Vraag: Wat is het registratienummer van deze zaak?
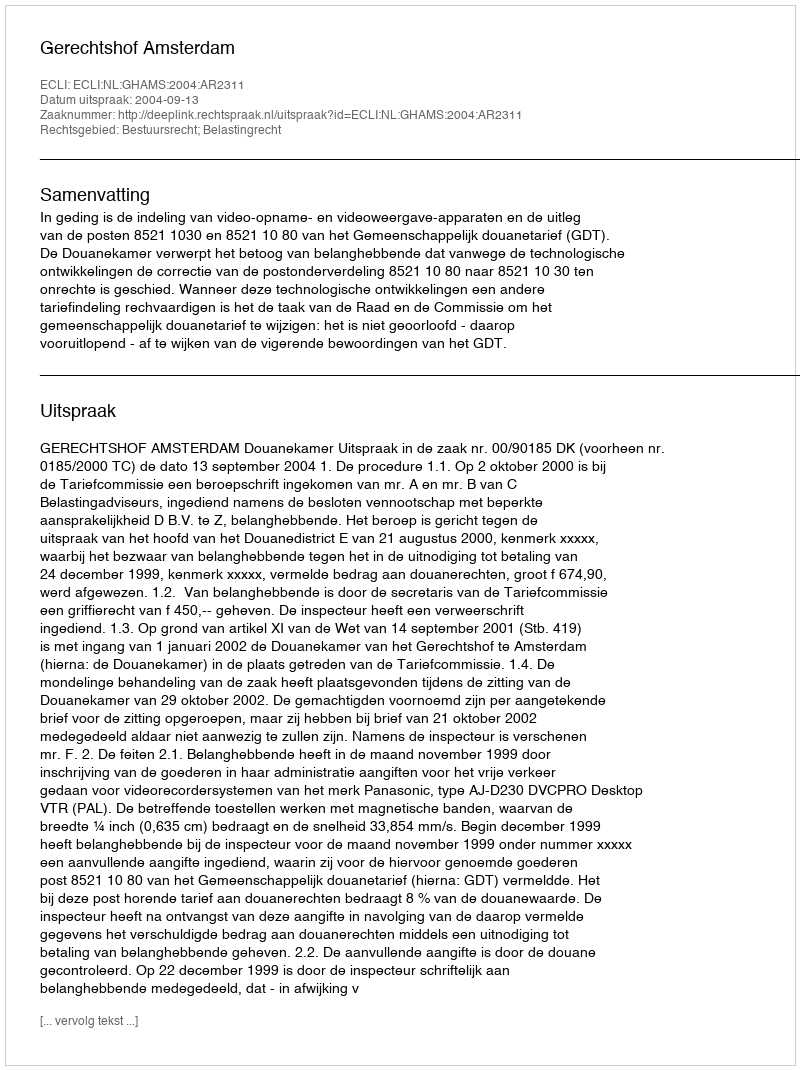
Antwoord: http://deeplink.rechtspraak.nl/uitspraak?id=ECLI:NL:GHAMS:2004:AR2311